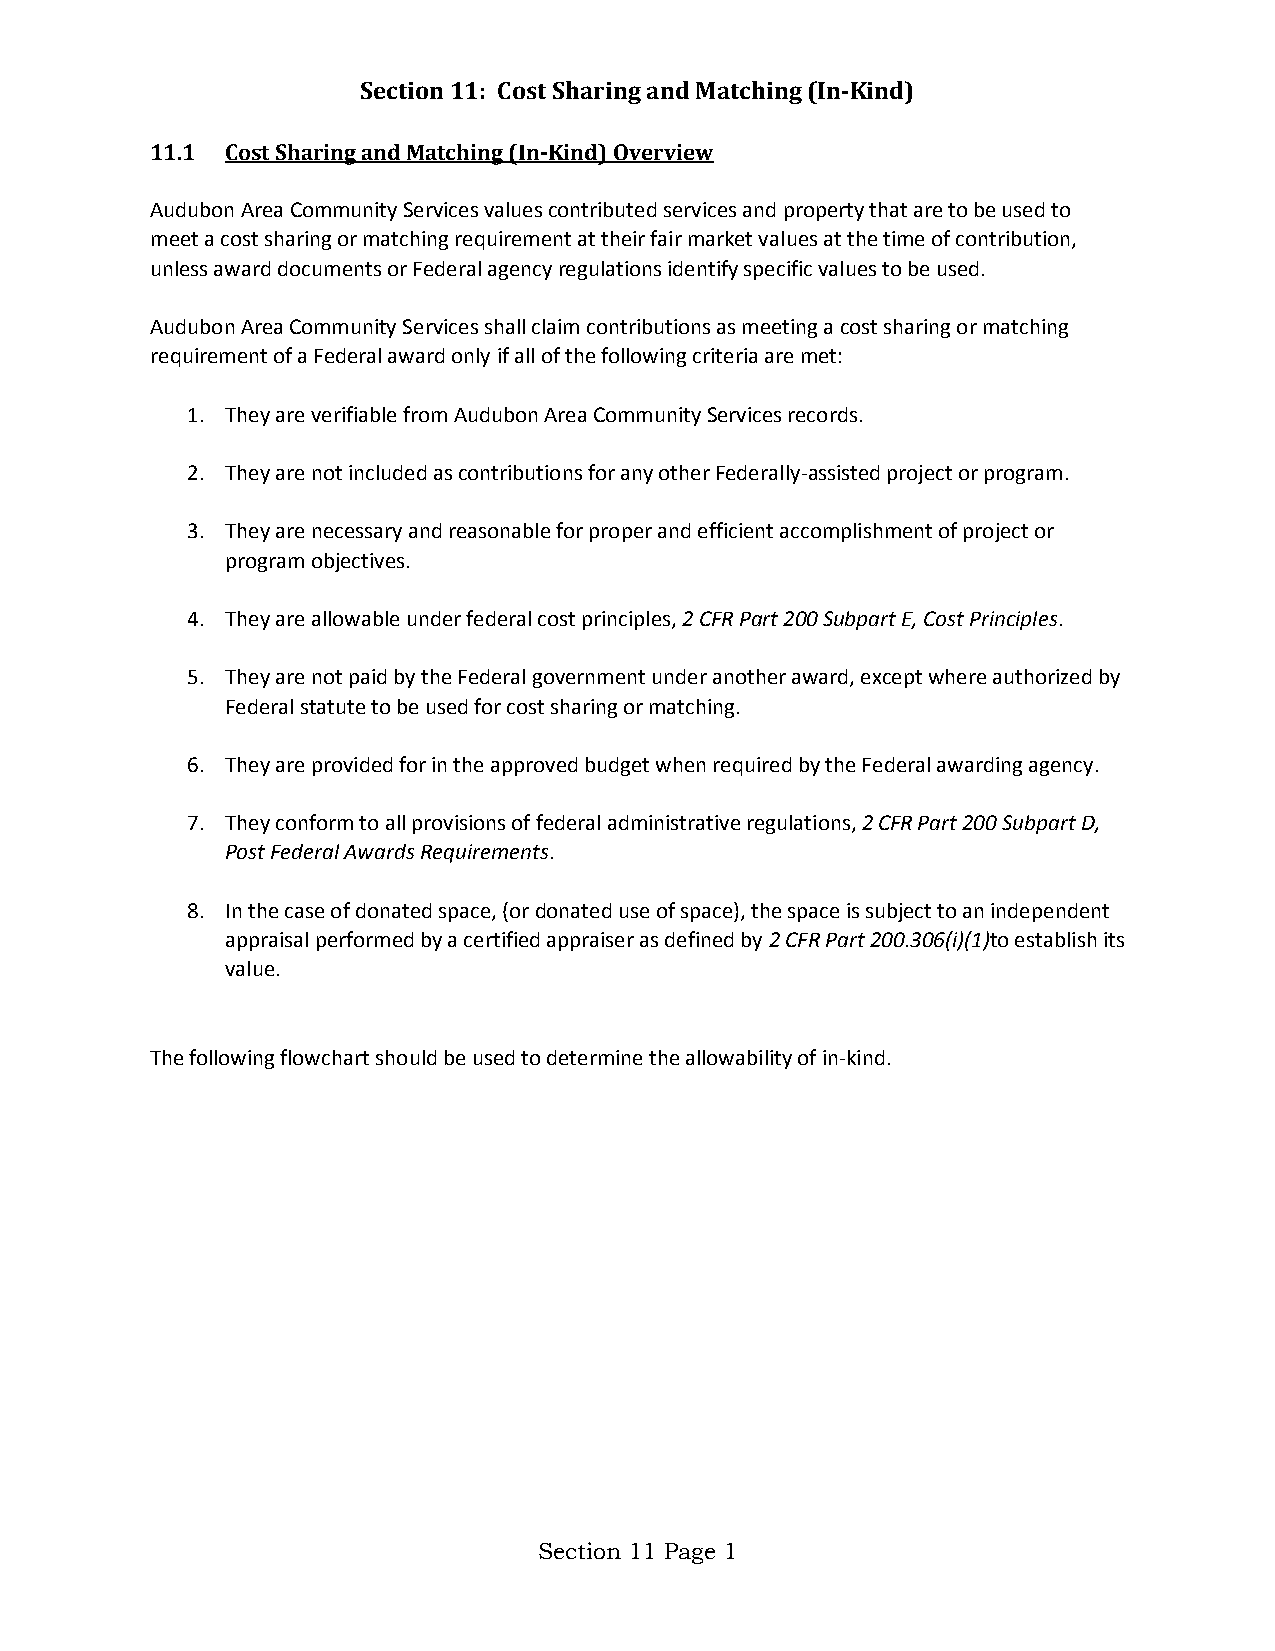
Section 11: Cost Sharing and Matching (In-Kind)
 11.1 Cost Sharing and Matching (In-Kind) Overview
 Audubon Area Community Services values contributed services and property that are to be used to
 meet a cost sharing or matching requirement at their fair market values at the time of contribution,
 unless award documents or Federal agency regulations identify specific values to be used.
 Audubon Area Community Services shall claim contributions as meeting a cost sharing or matching
 requirement of a Federal award only if all of the following criteria are met:
 1. They are verifiable from Audubon Area Community Services records.
 2. They are not included as contributions for any other Federally-assisted project or program.
 3. They are necessary and reasonable for proper and efficient accomplishment of project or
 program objectives.
 4. They are allowable under federal cost principles, 2 CFR Part 200 Subpart E, Cost Principles.
 5. They are not paid by the Federal government under another award, except where authorized by
 Federal statute to be used for cost sharing or matching.
 6. They are provided for in the approved budget when required by the Federal awarding agency.
 7. They conform to all provisions of federal administrative regulations, 2 CFR Part 200 Subpart D,
 Post Federal Awards Requirements.
 8. In the case of donated space, (or donated use of space), the space is subject to an independent
 appraisal performed by a certified appraiser as defined by 2 CFR Part 200.306(i)(1)to establish its
 value.
 The following flowchart should be used to determine the allowability of in-kind.
 Section 11 Page 1